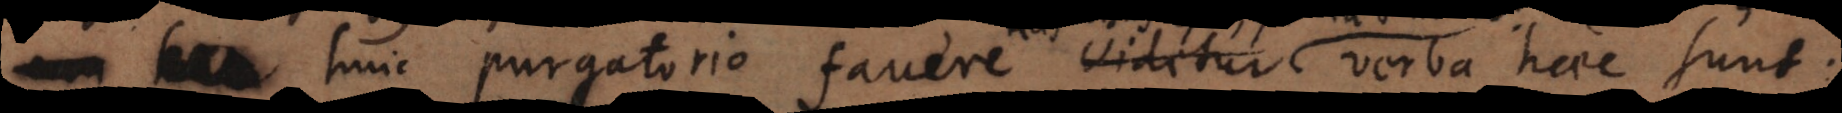
purgatorio favere videtur verba haec sunt: